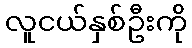
လူငယ်နှစ်ဦးကို